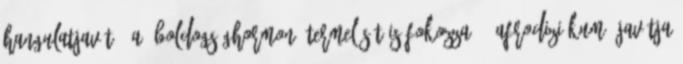
Hangulatjavító: a „boldogsághormon” termelését is fokozza. - Afrodiziákum: javítja